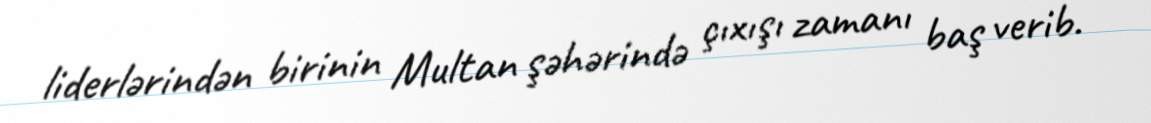
liderlərindən birinin Multan şəhərində çıxışı zamanı baş verib.